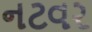
નટવર